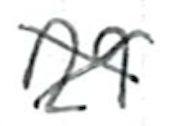
Text: 29
Cross-out: cross
Writing tool: ballpoint